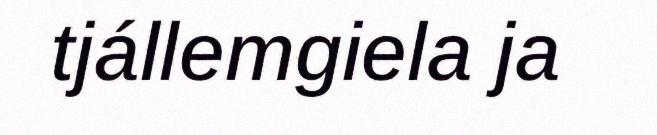
tjállemgiela ja